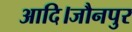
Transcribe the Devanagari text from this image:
आदि।जौनपुर